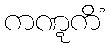
ကဏ္ဋကိံ